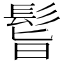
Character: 𩬺